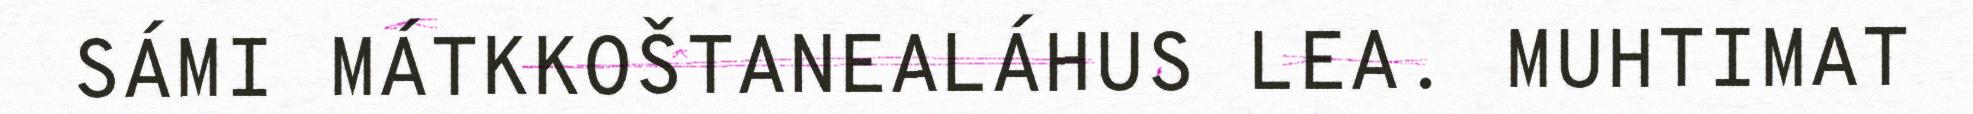
SÁMI MÁTKKOŠTANEALÁHUS LEA. MUHTIMAT